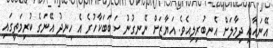
އޭނައާއި ދިމާލަށް އެނބުރިލިއެވެ. އަޔާޒަށް ނޭނގުނު ސަބަބަކާހުރެ އެ ހިނދު އޭނަގެ ކުރިމަތީގައި